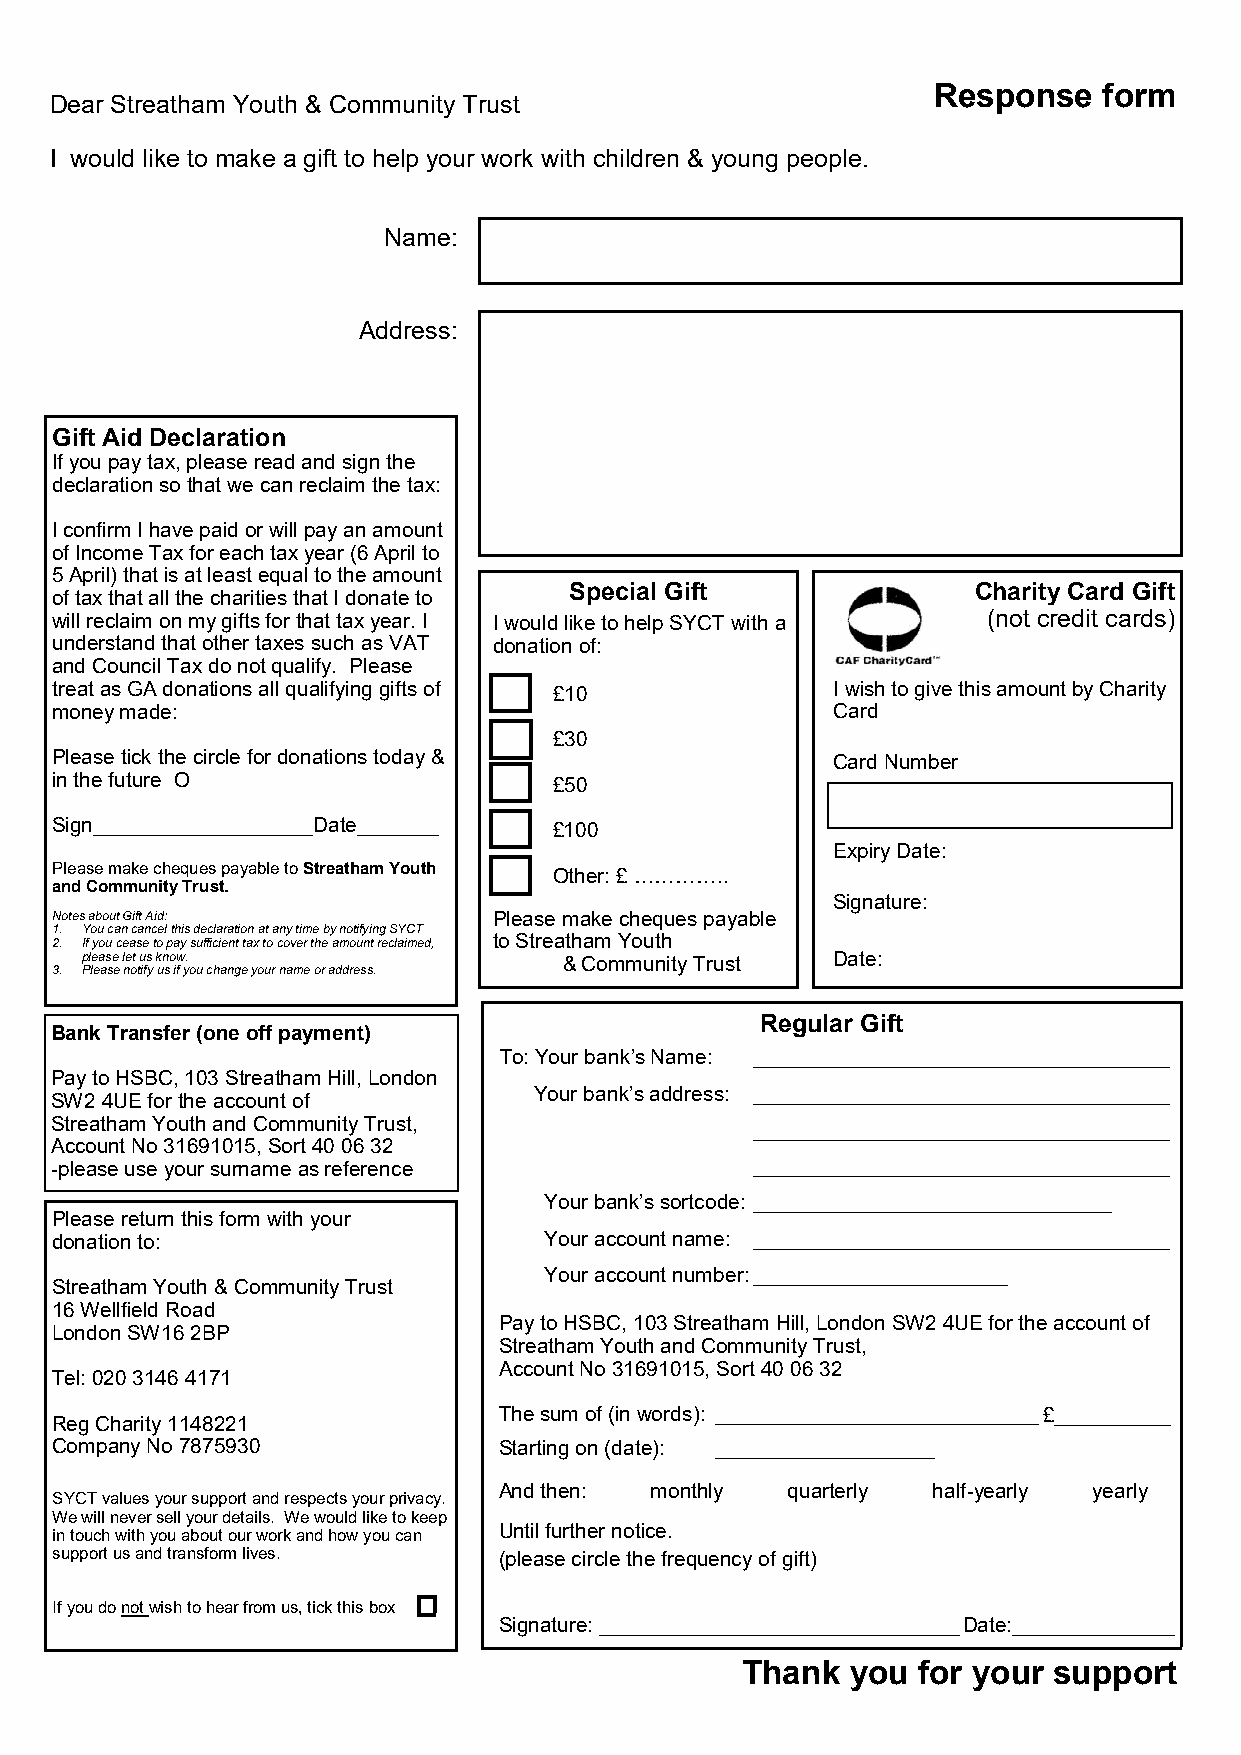
Response   form
 Dear Streatham Youth & Community Trust
 I would like to make a gift to help your work with children & young people.
 Name:
 Address:
 Gift Aid Declaration
 If you pay tax, please read and sign the
 declaration so that we can reclaim the tax:
 I confirm I have paid or will pay an amount
 of Income Tax for each tax year (6 April to
 5 April) that is at least equal to the amount
 Special Gift              Charity Card Gift
 of tax that all the charities that I donate to
 will reclaim on my gifts for that tax year. I I would like to help SYCT with a (not credit cards)
 understand that other taxes such as VAT donation of:
 and Council Tax do not qualify. Please
 treat as GA donations all qualifying gifts of £10   I wish to give this amount by Charity
 money made:                                         Card
 £30
 Please tick the circle for donations today &        Card Number
 in the future O                   £50
 Sign___________________Date_______ £100
 Expiry Date:
 Please make cheques payable to Streatham Youth Other: £ …………..
 and Community Trust.
 Signature:
 Notes about Gift Aid:         Please make cheques payable
 1. You can cancel this declaration at any time by notifying SYCT
 2. If you cease to pay sufficient tax to cover the amount reclaimed, to Streatham Youth
 please let us know.             & Community Trust Date:
 3. Please notify us if you change your name or address.
 Regular Gift
 Bank Transfer (one off payment)
 To: Your bank’s Name: ____________________________________
 Pay to HSBC, 103 Streatham Hill, London
 Your bank’s address: ____________________________________
 SW2 4UE for the account of
 Streatham Youth and Community Trust,           ____________________________________
 Account No 31691015, Sort 40 06 32
 -please use your surname as reference          ____________________________________
 Your bank’s sortcode: _______________________________
 Please return this form with your
 donation to:                     Your account name: ____________________________________
 Your account number: ______________________
 Streatham Youth & Community Trust
 16 Wellfield Road
 Pay to HSBC, 103 Streatham Hill, London SW2 4UE for the account of
 London SW16 2BP
 Streatham Youth and Community Trust,
 Account No 31691015, Sort 40 06 32
 Tel: 020 3146 4171
 The sum of (in words): ____________________________£__________
 Reg Charity 1148221
 Company No 7875930            Starting on (date): ___________________
 And then: monthly  quarterly half-yearly yearly
 SYCT values your support and respects your privacy.
 We will never sell your details. We would like to keep
 in touch with you about our work and how you can Until further notice.
 support us and transform lives. (please circle the frequency of gift)
 If you do not wish to hear from us, tick this box
 Signature: _______________________________ Date:______________
 Thank  you  for your support